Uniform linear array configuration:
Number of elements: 32
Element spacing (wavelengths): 1
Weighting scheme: uniform
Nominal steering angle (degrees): -45
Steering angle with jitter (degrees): -44.099
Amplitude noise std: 0.05
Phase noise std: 0.05

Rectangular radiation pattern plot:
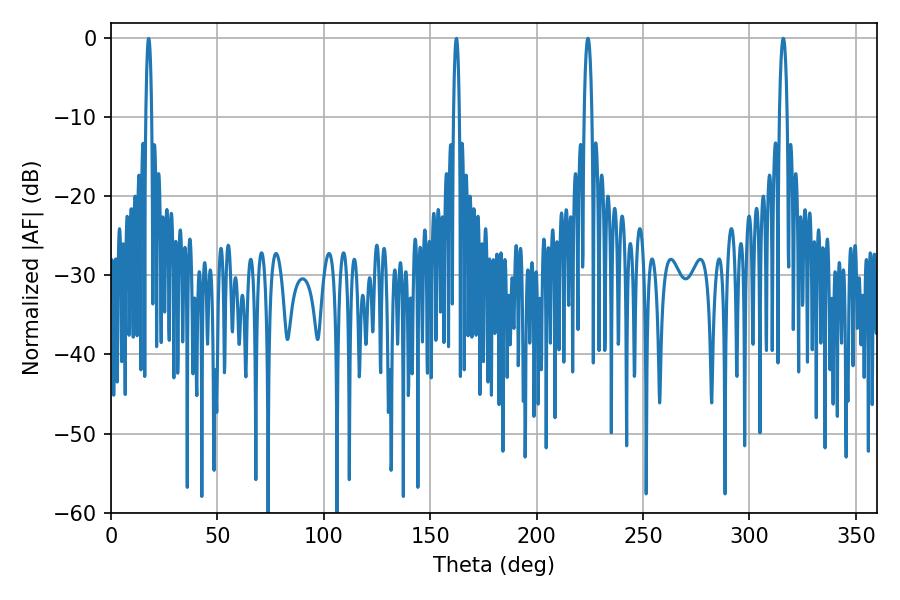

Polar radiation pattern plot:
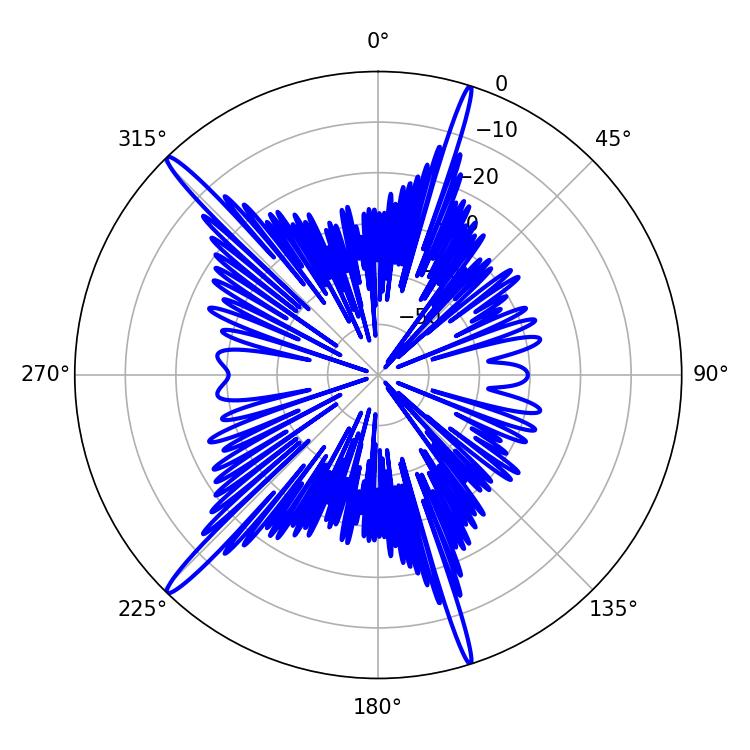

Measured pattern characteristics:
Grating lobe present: TRUE
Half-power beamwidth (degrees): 2.16
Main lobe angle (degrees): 224.1